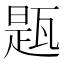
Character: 㼵